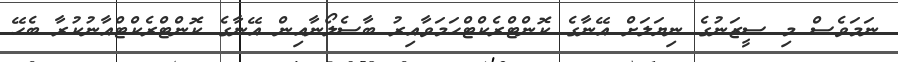
ނަމަވެސް މި ސީޒަނުގެ ނިޔަލަށް އޭނާގެ ކޮންޓްރެކްޓްހަމަވާއިރު ބާސެލޯނާއިން އޭނާގެ ކޮންޓްރެކްޓްއާނުކުރާ ބެހޭ